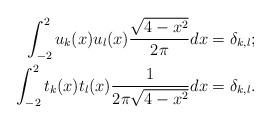
LaTeX: \begin{align*} \int^2_{-2} u_k(x)u_l(x)\frac{\sqrt{4-x^2}}{2\pi }dx &= \delta_{k,l};\\ \int^2_{-2} t_k(x)t_l(x)\frac{1}{2\pi \sqrt{4-x^2}}dx &= \delta_{k,l}.\end{align*}